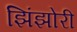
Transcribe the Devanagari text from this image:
झिंझोरी